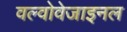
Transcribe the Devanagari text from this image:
वल्वोवेजाइनल